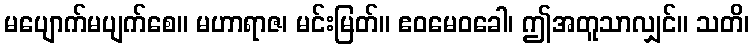
မပျောက်မပျက်စေ။ မဟာရာဇ၊ မင်းမြတ်။ ဧဝမေဝခေါ၊ ဤအတူသာလျှင်။ သတိ၊